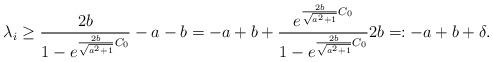
LaTeX: \begin{align*} \lambda_i\geq \dfrac{2b}{1-e^{\frac{2b}{\sqrt{a^2+1}}C_0}}-a-b=-a+b+\dfrac{e^{\frac{2b}{\sqrt{a^2+1}} C_0}}{1-e^{\frac{2b}{\sqrt{a^2+1}}C_0}}2b=:-a+b+\delta. \end{align*}